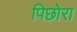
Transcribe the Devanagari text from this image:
पिछोरा